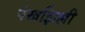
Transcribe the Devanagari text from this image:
पंखझिल्ली